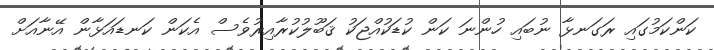
ކަންކަމުގައި ރަގަނޅާ ނުބައި ހުންނަ ކަން ކުޑަކުއްޖަކު ޤަބޫލުކުރާއިރުވެސް އެކަން ކަނޑައަޅާން އޭނާއަށް